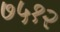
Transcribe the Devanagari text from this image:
७५१२